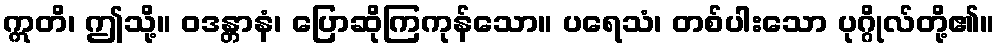
ဣတိ၊ ဤသို့။ ဝဒန္တာနံ၊ ပြောဆိုကြကုန်သော။ ပရေသံ၊ တစ်ပါးသော ပုဂ္ဂိုလ်တို့၏။